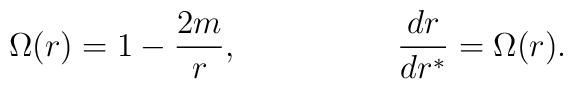
\Omega(r)=1-\frac{2m}{r},\hspace{20mm}\frac{dr}{dr^{\ast}}=\Omega(r).